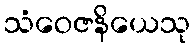
သံဝေဇနိယေသု